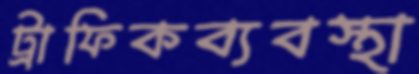
ট্রাফিকব্যবস্থা